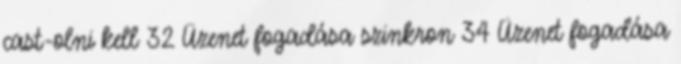
cast-olni kell 32 Üzenet fogadása szinkron 34 Üzenet fogadása